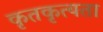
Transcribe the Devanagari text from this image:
कृतकृत्यता